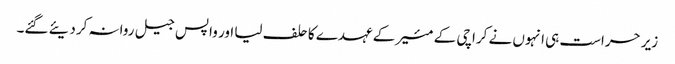
زیر حراست ہی انہوں نے کراچی کے مئیر کے عہدے کا حلف لیا اور واپس جیل روانہ کردیئے گئے۔